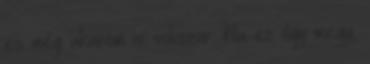
és még akarom is sokszor. Ha ez úgy megy,